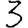
Digit: 3